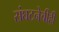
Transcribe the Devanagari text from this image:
संघटनेचीही